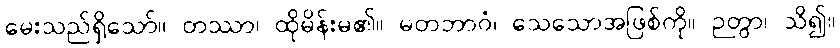
မေးသည်ရှိသော်။ တဿာ၊ ထိုမိန်းမ၏။ မတဘာဝံ၊ သေသောအဖြစ်ကို။ ဉတွာ၊ သိ၍။